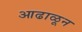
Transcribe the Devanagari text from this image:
आढाळून